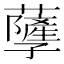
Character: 𧃯